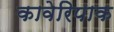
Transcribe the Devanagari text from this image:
कावेरिपाक